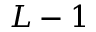
L - 1